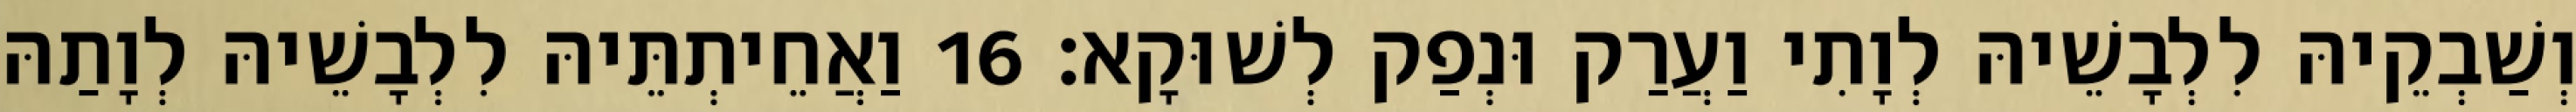
וְשַׁבְקֵיהּ לִלְבָשֵׁיהּ לְוָתִי וַעֲרַק וּנְפַק לְשׁוּקָא׃ 16 וַאֲחֵיתְתֵּיהּ לִלְבָשֵׁיהּ לְוָתַהּ